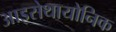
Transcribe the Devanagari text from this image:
आइसेथायोनिक